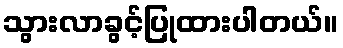
သွားလာခွင့်ပြုထားပါတယ်။